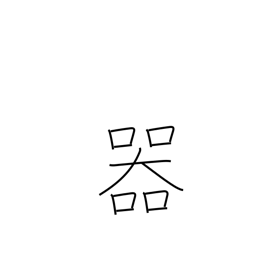
Meaning: container